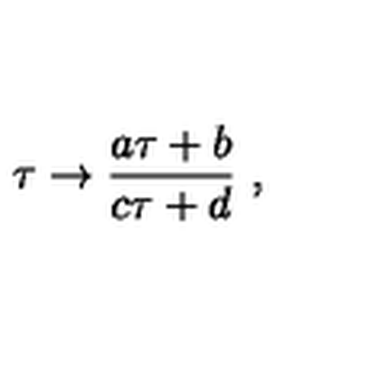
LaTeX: \tau \rightarrow { \frac { a \tau + b } { c \tau + d } } \ ,